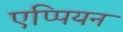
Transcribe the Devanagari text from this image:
एप्पियन